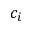
c _ { i }